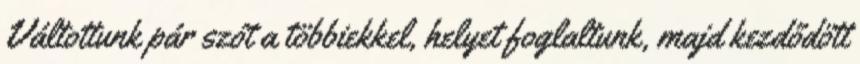
Váltottunk pár szót a többiekkel, helyet foglaltunk, majd kezdődött